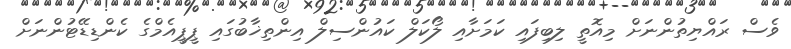
ވެސް ރައްޔިތުންނަށް މިއޮތީ ލިބިފައި ކަމަށާއި ލޯކަލް ކައުންސިލް އިންތިޚާބުގައި ޕީޕީއެމްގެ ކެންޑިޑޭޓުންނަށް